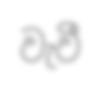
වැවී